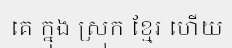
គេ ក្នុង ស្រុក ខ្មែរ ហើយ